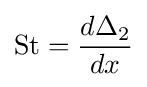
\mathrm {St} ={\frac {d\Delta _{2}}{dx}}